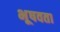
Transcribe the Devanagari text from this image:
भूषवता